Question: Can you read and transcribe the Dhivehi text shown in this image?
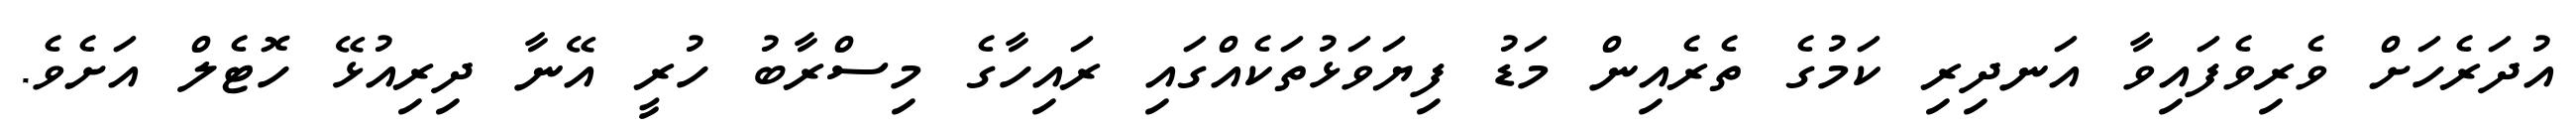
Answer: އުދަރެހަށް ވެރިވެފައިވާ އަނދިރި ކަމުގެ ތެރެއިން މަޑު ފިޔަވަޅުތަކެއްގައި ރައިހާގެ މިސްރާބު ހުރީ އޭނާ ދިރިއުޅޭ ހޮޓެލް އަށެވެ.